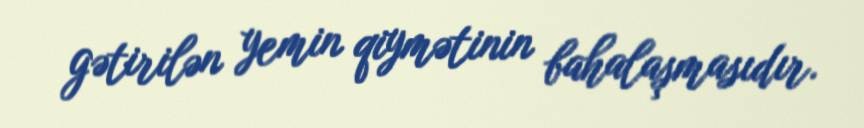
gətirilən yemin qiymətinin bahalaşmasıdır.